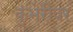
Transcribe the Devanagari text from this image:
कुंभेरीवर